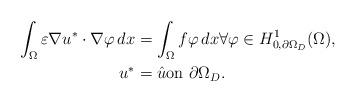
LaTeX: \begin{align*}\int_\Omega \varepsilon \nabla u^* \cdot \nabla \varphi\, dx & = \int_\Omega f \varphi\, dx \forall \varphi \in H^1_{0,\partial \Omega_D}(\Omega),\\u^* & =\hat{u} \mbox{on } \partial \Omega_D.\end{align*}